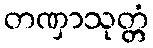
တဏှာသုတ္တံ